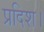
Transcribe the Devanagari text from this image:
प्रदिश।